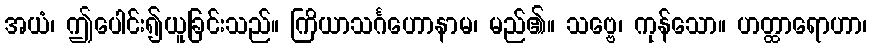
အယံ၊ ဤပေါင်း၍ယူခြင်းသည်။ ကြိယာသင်္ဂဟောနာမ၊ မည်၏။ သဗ္ဗေ၊ ကုန်သော။ ဟတ္ထာရောဟာ၊